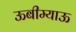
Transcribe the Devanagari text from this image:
ऊबीम्याऊ